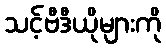
သင့်ဗီဒီယိုများကို